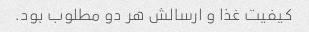
کیفیت غذا و ارسالش هر دو مطلوب بود.